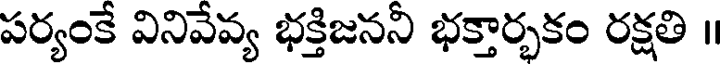
పర్యంకే వినివేవ్య భక్తిజననీ భక్తార్భకం రక్షతి